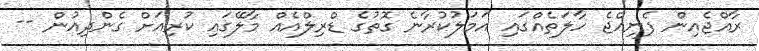
ރާއްޖެއިން ފެނިއްޖެ ހާލަތެއްގައި އަމަލުކުރާނެ ގޮތުގެ ޑްރިލްއެއް މާލޭގައި ކުރިއަށް ގެންދިއުން --